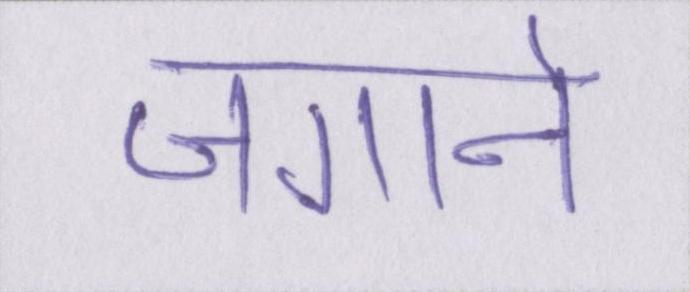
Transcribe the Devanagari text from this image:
जगाने